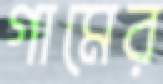
গামের